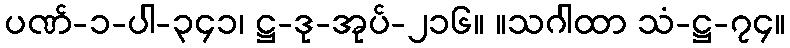
ပဏ်-၁-ပါ-၃၄၁၊ ဋ္ဌ-ဒု-အုပ်-၂၁၆။ ။သဂါထာ သံ-ဋ္ဌ-၇၄။